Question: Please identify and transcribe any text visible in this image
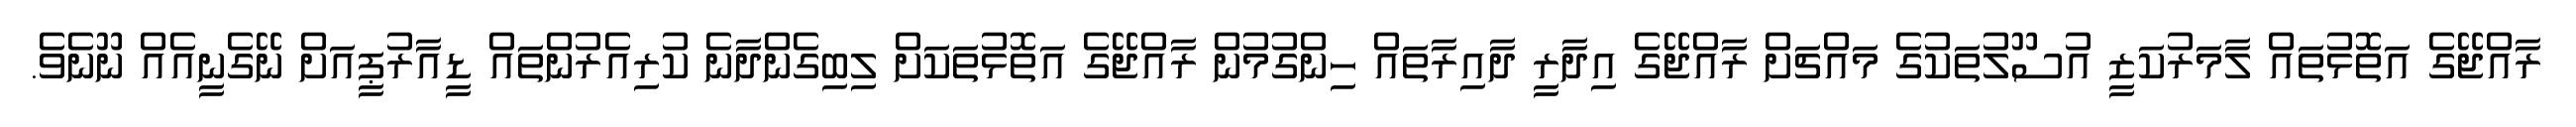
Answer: ރާއްޖޭގެ އަތޮޅުތައް ލާމަރުކަޒީ އުސޫލުތަކުގެ މައްޗަށް ރާއްޖޭގެ އިދާރީ ދާއިރާތައް ހިންގުމުން ރާއްޖޭގެ އަތޮޅުތަކަށް ލިބިގެންދާނެ ކުރިއެރުންތައް ޑީއާރުޕީއަށް ނޭގެނީއެއް ނޫނެވެ.